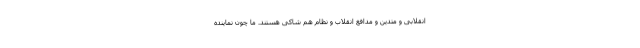
انقلابی و متدین و مدافع انقلاب و نظام هم شاکی هستند. ما چون نماینده